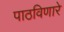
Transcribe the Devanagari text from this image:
पाठविणारे